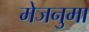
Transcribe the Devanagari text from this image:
मेजनुमा